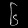
Digit: ၆